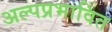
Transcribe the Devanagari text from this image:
अल्पप्रभावित